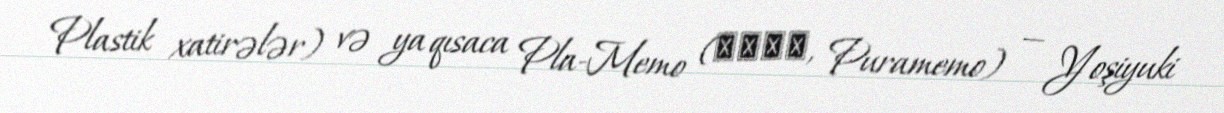
Plastik xatirələr) və ya qısaca Pla-Memo (プラメモ, Puramemo) — Yoşiyuki